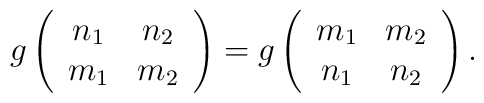
g\left(\begin{array}{cc}             n_1 & n_2 \\             m_1 & m_2          \end{array}\right)=g\left(\begin{array}{cc}             m_1 & m_2  \\             n_1 & n_2         \end{array}\right).